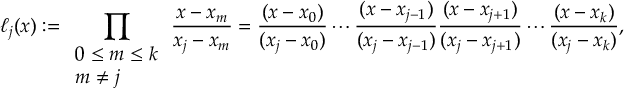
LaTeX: \ell _ { j } ( x ) : = \prod _ { \begin{array} { l } { 0 \leq m \leq k } \\ { m \neq j } \end{array} } { \frac { x - x _ { m } } { x _ { j } - x _ { m } } } = { \frac { ( x - x _ { 0 } ) } { ( x _ { j } - x _ { 0 } ) } } \cdots { \frac { ( x - x _ { j - 1 } ) } { ( x _ { j } - x _ { j - 1 } ) } } { \frac { ( x - x _ { j + 1 } ) } { ( x _ { j } - x _ { j + 1 } ) } } \cdots { \frac { ( x - x _ { k } ) } { ( x _ { j } - x _ { k } ) } } ,